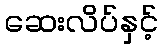
ဆေးလိပ်နှင့်